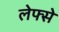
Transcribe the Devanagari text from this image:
लेफ्से